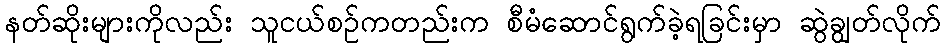
နတ်ဆိုးများကိုလည်း သူငယ်စဉ်ကတည်းက စီမံဆောင်ရွက်ခဲ့ရခြင်းမှာ ဆွဲချွတ်လိုက်